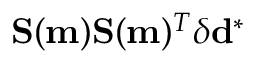
\mathbf { S } ( \mathbf { m } ) \mathbf { S } ( \mathbf { m } ) ^ { T } \delta \mathbf { d } ^ { * }